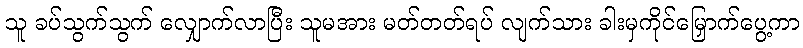
သူ ခပ်သွက်သွက် လျှောက်လာပြီး သူမအား မတ်တတ်ရပ် လျက်သား ခါးမှကိုင်မြှောက်ပွေ့ကာ